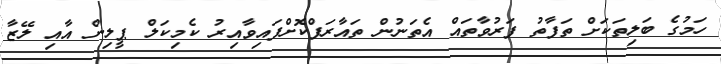
ހަމުގެ ބަލިތަކަށް ތަފާތު ފަރުވާތައް އެތަނުން ތައާރަފްކޮށްފައިވާއިރު ކެމިކަލް ޕީލިން އާއި ލޭޒާ